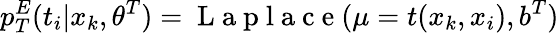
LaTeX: p_{T}^{E}(t_{i}|x_{k},\theta^{T})=\mathrm{~L~a~p~l~a~c~e~}(\mu=t(x_{k},x_{i}),b^{T})